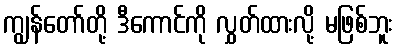
ကျွန်တော်တို့ ဒီကောင်ကို လွှတ်ထားလို့ မဖြစ်ဘူး